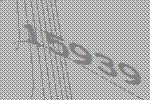
15939